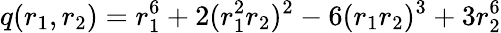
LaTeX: q(r_{1},r_{2})=r_{1}^{6}+2(r_{1}^{2}r_{2})^{2}-6(r_{1}r_{2})^{3}+3r_{2}^{6}